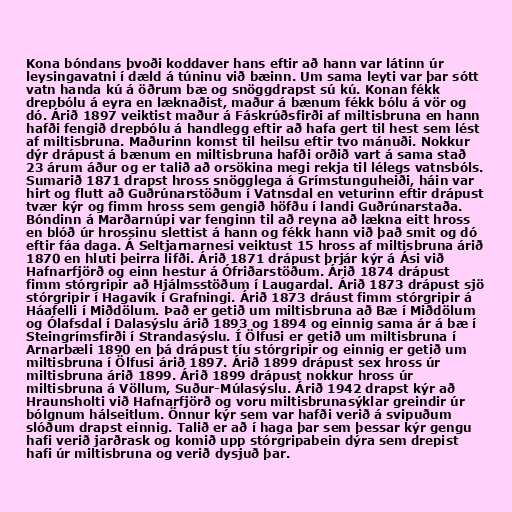
Kona bóndans þvoði koddaver hans eftir að hann var látinn úr
leysingavatni í dæld á túninu við bæinn. Um sama leyti var þar sótt
vatn handa kú á öðrum bæ og snöggdrapst sú kú. Konan fékk
drepbólu á eyra en læknaðist, maður á bænum fékk bólu á vör og
dó. Árið 1897 veiktist maður á Fáskrúðsfirði af miltisbruna en hann
hafði fengið drepbólu á handlegg eftir að hafa gert til hest sem lést
af miltisbruna. Maðurinn komst til heilsu eftir tvo mánuði. Nokkur
dýr drápust á bænum en miltisbruna hafði orðið vart á sama stað
23 árum áður og er talið að orsökina megi rekja til lélegs vatnsbóls.
Sumarið 1871 drapst hross snögglega á Grímstunguheiði, háin var
hirt og flutt að Guðrúnarstöðum í Vatnsdal en veturinn eftir drápust
tvær kýr og fimm hross sem gengið höfðu í landi Guðrúnarstaða.
Bóndinn á Marðarnúpi var fenginn til að reyna að lækna eitt hross
en blóð úr hrossinu slettist á hann og fékk hann við það smit og dó
eftir fáa daga. Á Seltjarnarnesi veiktust 15 hross af miltisbruna árið
1870 en hluti þeirra lifði. Árið 1871 drápust þrjár kýr á Ási við
Hafnarfjörð og einn hestur á Ófriðarstöðum. Árið 1874 drápust
fimm stórgripir að Hjálmsstöðum í Laugardal. Árið 1873 drápust sjö
stórgripir í Hagavík í Grafningi. Árið 1873 dráust fimm stórgripir á
Háafelli í Miðdölum. Það er getið um miltisbruna að Bæ í Miðdölum
og Ólafsdal í Dalasýslu árið 1893 og 1894 og einnig sama ár á bæ í
Steingrímsfirði í Strandasýslu. Í Ölfusi er getið um miltisbruna í
Arnarbæli 1890 en þá drápust tíu stórgripir og einnig er getið um
miltisbruna í Ölfusi árið 1897. Árið 1899 drápust sex hross úr
miltisbruna árið 1899. Árið 1899 drápust nokkur hross úr
miltisbruna á Völlum, Suður-Múlasýslu. Árið 1942 drapst kýr að
Hraunsholti við Hafnarfjörð og voru miltisbrunasýklar greindir úr
bólgnum hálseitlum. Önnur kýr sem var hafði verið á svipuðum
slóðum drapst einnig. Talið er að í haga þar sem þessar kýr gengu
hafi verið jarðrask og komið upp stórgripabein dýra sem drepist
hafi úr miltisbruna og verið dysjuð þar.